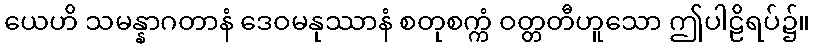
ယေဟိ သမန္နာဂတာနံ ဒေဝမနုဿာနံ စတုစက္ကံ ဝတ္တတီဟူသော ဤပါဠိရပ်၌။